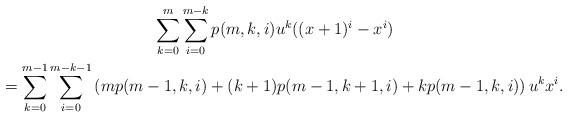
LaTeX: \begin{gather*} \sum_{k=0}^m\sum_{i=0}^{m-k}p(m,k,i)u^k((x+1)^i-x^i)\\ = \sum_{k=0}^{m-1}\sum_{i=0}^{m-k-1}\left(mp(m-1,k,i) +(k+1)p(m-1,k+1,i)+kp(m-1,k,i)\right)u^k x^i.\end{gather*}